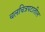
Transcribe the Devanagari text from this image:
चलचित्रपटातील